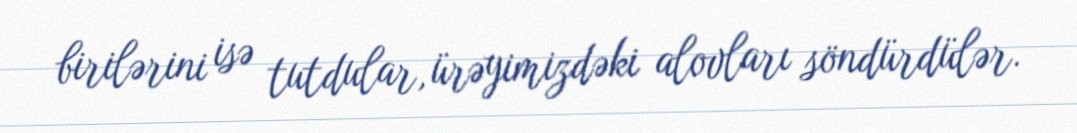
birilərini isə tutdular, ürəyimizdəki alovları söndürdülər.